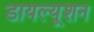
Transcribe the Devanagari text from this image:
डायल्यूशन